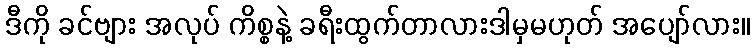
ဒီကို ခင်ဗျား အလုပ် ကိစ္စနဲ့ ခရီးထွက်တာလားဒါမှမဟုတ် အပျော်လား။